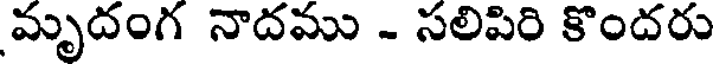
మృదంగ నాదము - సలిపిరి కొందరు